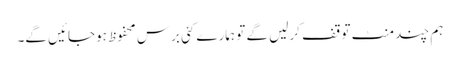
ہم چند منٹ توقف کرلیں گے تو ہمارے کئی برس محفوظ ہوجائیں گے۔